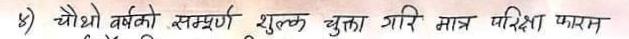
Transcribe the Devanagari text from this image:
५) चौथो वर्षको सम्पुर्ण शुल्क चुक्ता गरि मात्र परिक्षा फारम